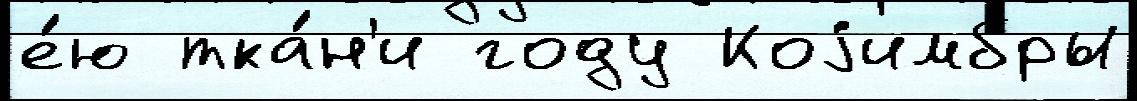
е́ю тка́н'и году Коjимбры